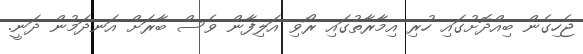
ޖެހިގެން ބިއްދޮށުގައި ހުރި އިމާރާތުގައި ރޯވި އަލިފާން ވެސް ބާރަށް އަނދަމުން ދަނީ.